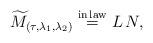
LaTeX: \begin{align*}\widetilde{M}_{(\tau, \lambda_1, \lambda_2)} \overset{{\rm in \,law}}{=} L\,N,\end{align*}